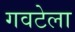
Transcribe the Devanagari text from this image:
गवटेला